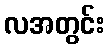
လအတွင်း